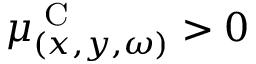
\mu _ { ( x , y , \omega ) } ^ { \textrm { C } } > 0